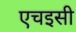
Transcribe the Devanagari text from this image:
एचइसी